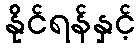
နိုင်ရန်နှင့်